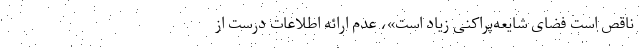
ناقص است فضای شایعه‌‌پراکنی زیاد است»، عدم ارائه اطلاعات درست از